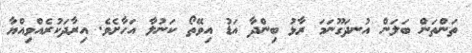
ތަންތަން ބަލަން އުނދަގޫނަމަ ރާޅު ބިންދާ އަޑު އިވޭތޯ ކަނުލާ އަހާށެވެ. އިރާދަކުރެއްވިއްޔާ